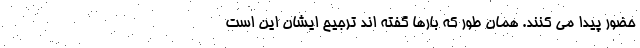
حضور پیدا می کنند. همان طور که بارها گفته اند ترجیح ایشان این است